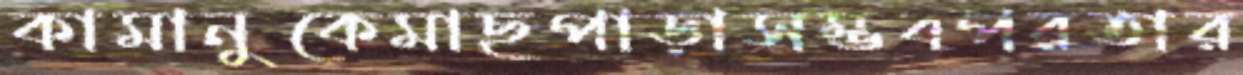
কামানুকেমাছপাড়াসম্ভবপরতার